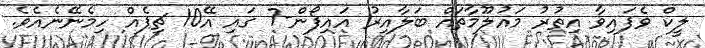
ލީކް ވެފައިވާ އިތުރު މައުލޫމާތައް ބަލާއިރު އައިފޯން-7 ގައި އޭ10 ޗިޕެއް ހިމެނޭނެއެވެ.